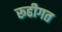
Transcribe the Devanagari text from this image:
रूढीगत